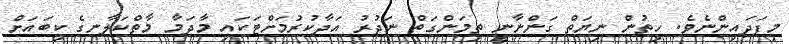
މިފަދައިންނެވެ. ހިތުން ނިޔަތް ގަންނާނީ ތިމަންގަތް ނަދުރު އަދާކުރުމަށްޓަކައި މާދަމާ މާތްކަލާނގެ ކިބައަށް